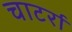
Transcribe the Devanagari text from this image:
चाटर्रा